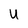
Character: U